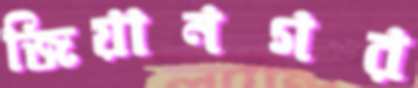
জিয়ানগর